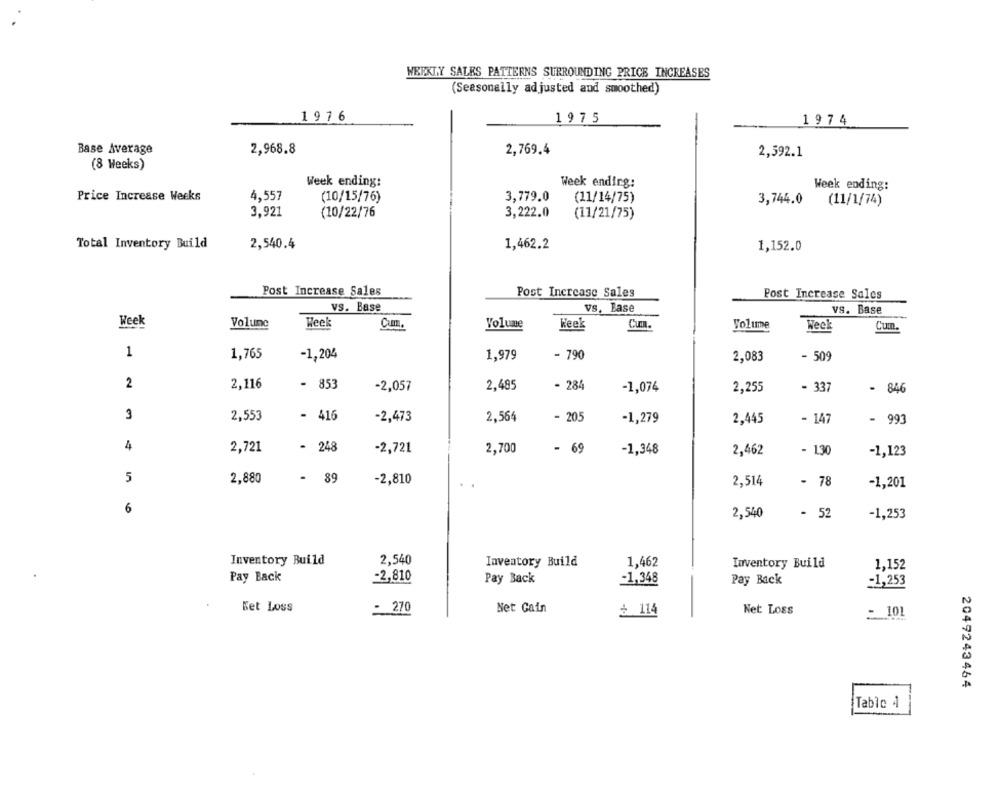
WEEKLY SALES PATTERNS SURROUNDING PRICE INCREASES
(Seasonally adjusted and smoothed)
1976
1975
1974
Base Average
2,968.8
2,769.4
2,592.1
(8 Weeks)
Week ending:
Week ending:
Week ending:
Price Increase Weeks
4,557
(10/15/76)
3,779.0
(11/14/75)
3,744.0
(11/1/74)
3,921
(10/22/76
3,222.0
(11/21/75)
Total Inventory Build
2,540.4
1,462.2
1,152.0
Post Increase Sales
Post Increase Sales
Post Increase Sales
vs. Base
vs. Base
vs. Base
Week
Volume
Week
Volume
Week
Cuzn.
Volume
Cum.
Weck
1
1,765
-1,204
1,979
- 790
- 509
2,083
2
2,116
- 853
-2,057
2,485
- 284
-1,074
2,255
- 337
- 846
3
2,553
- 416
-2,473
2,564
- 205
-1,279
2,445
- 147
- 993
4
2,721
- 248
-2,721
2,700
- 69
-1,348
2,462
- 130
-1,123
5
2,880
- 89
-2,810
2,514
- 78
-1,201
6
2,540
- 52
-1,253
Inventory Build
2,540
Inventory Build
1,462
Inventory Build
1,152
Pay Back
-2,810
Pay Back
-1,348
Pay Back
-1,253
Ket Loss
- 270
Net Gain
à 114
Net Loss
= 101
2049243464
Tablo 4